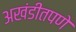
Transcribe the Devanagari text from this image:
अखंडीतपणे